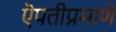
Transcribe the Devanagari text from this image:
ऎपतीप्रमाणे